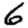
Digit: 6